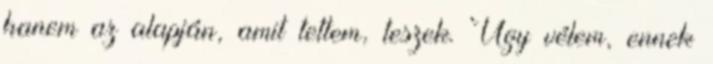
hanem az alapján, amit tettem, teszek. Úgy vélem, ennek